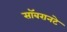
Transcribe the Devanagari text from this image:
सॉबरानटे